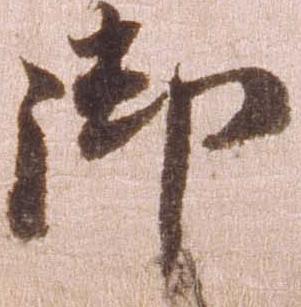
御